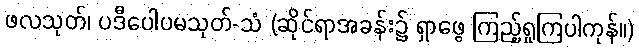
ဖလသုတ်၊ ပဒီပေါပမသုတ်-သံ (ဆိုင်ရာအခန်း၌ ရှာဖွေ ကြည့်ရှုကြပါကုန်။)